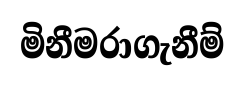
මිනීමරාගැනීම්